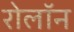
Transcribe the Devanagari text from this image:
रोलॉन